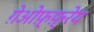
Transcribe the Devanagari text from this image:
ग़ेओफ़्फ़्रेय